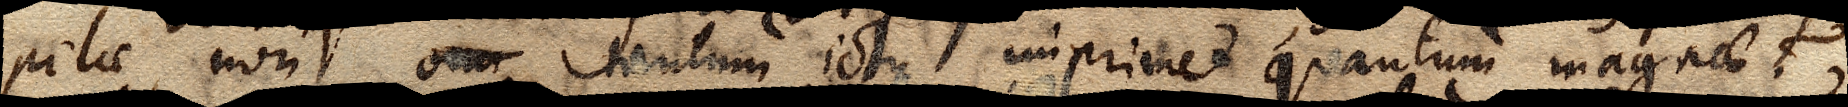
pilae non tantum ictus imprimet quantum magnae?